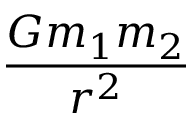
\frac { G m _ { 1 } m _ { 2 } } { r ^ { 2 } }